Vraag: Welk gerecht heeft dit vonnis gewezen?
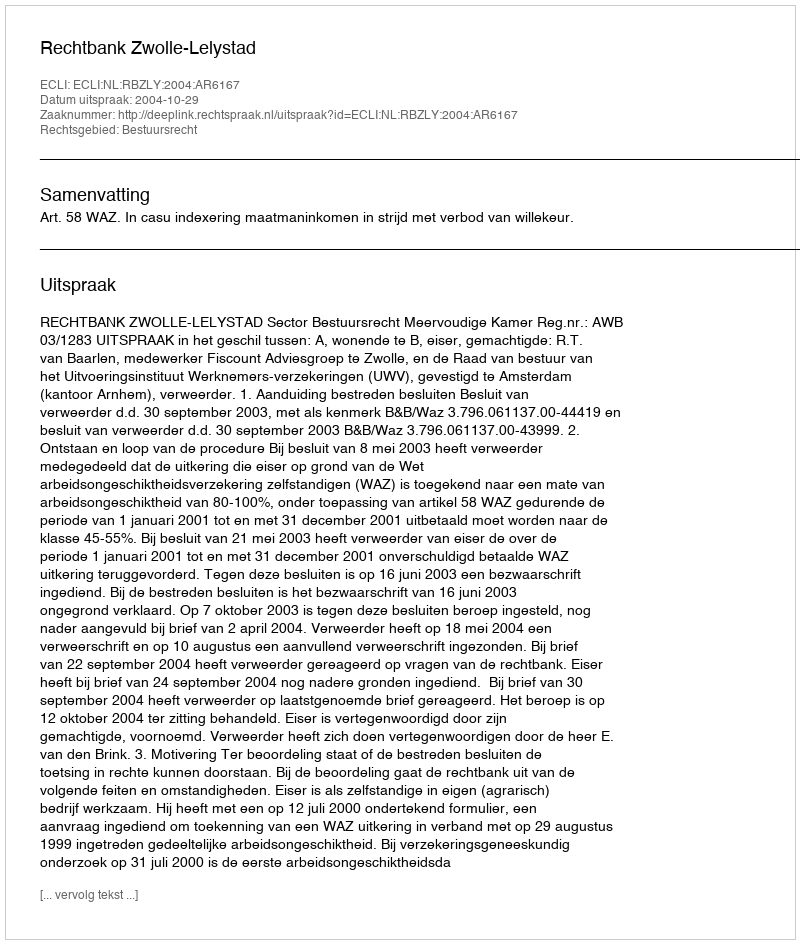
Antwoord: Rechtbank Zwolle-Lelystad